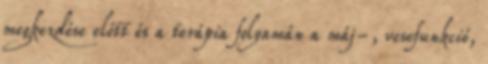
megkezdése előtt és a terápia folyamán a máj-, vesefunkció,